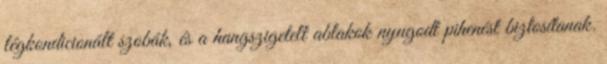
légkondicionált szobák, és a hangszigetelt ablakok nyugodt pihenést biztosítanak.